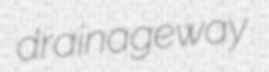
drainageway